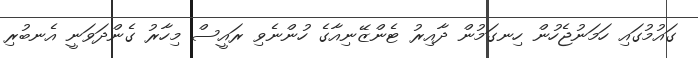
ގައުމުގައި ހަމަނުޖެހުން ހިނގަމުން ދާއިރު ޓެންޒޭނިއާގެ ހުންނެވި ރައީސް މިހާރު ގެންދަވަނީ އެނބުރި